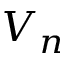
V _ { n }